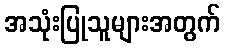
အသုံးပြုသူများအတွက်